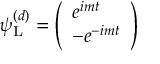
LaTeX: \psi _ { \mathrm { { L } } } ^ { ( d ) } = { \left( \begin{array} { l } { e ^ { i m t } } \\ { - e ^ { - i m t } } \end{array} \right) }